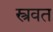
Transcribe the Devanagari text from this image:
स्त्रवत